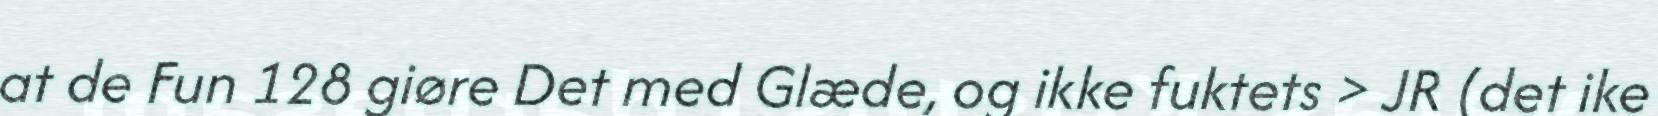
at de Fun 128 giøre Det med Glæde, og ikke fuktets > JR (det ike